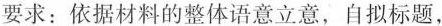
要求：依据材料的整体语意立意，自拟标题，